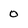
Character: 0